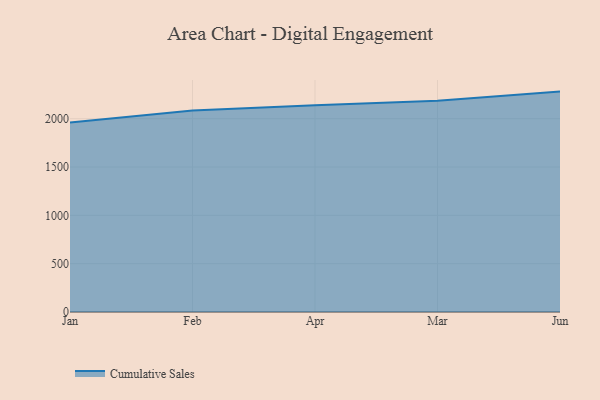
{"axis": {"x": "Month", "y": "Operating Costs (USD K)"}, "legend": ["Cumulative Sales"], "data": [{"x": "Jan", "y": 1961.0, "type": "Cumulative Sales"}, {"x": "Feb", "y": 2085.6, "type": "Cumulative Sales"}, {"x": "Apr", "y": 2138.1, "type": "Cumulative Sales"}, {"x": "Mar", "y": 2186.7, "type": "Cumulative Sales"}, {"x": "Jun", "y": 2280.5, "type": "Cumulative Sales"}]}